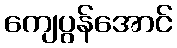
ကျေပွန်အောင်